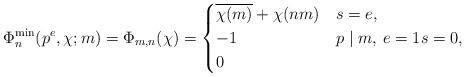
LaTeX: \begin{align*}\Phi_n^{\min}(p^e,\chi;m)=\Phi_{m,n}(\chi)=\begin{cases}\overline{\chi(m)}+\chi(nm)&s=e,\\-1&p\mid m,\: e=1s=0,\\0&\end{cases}\end{align*}